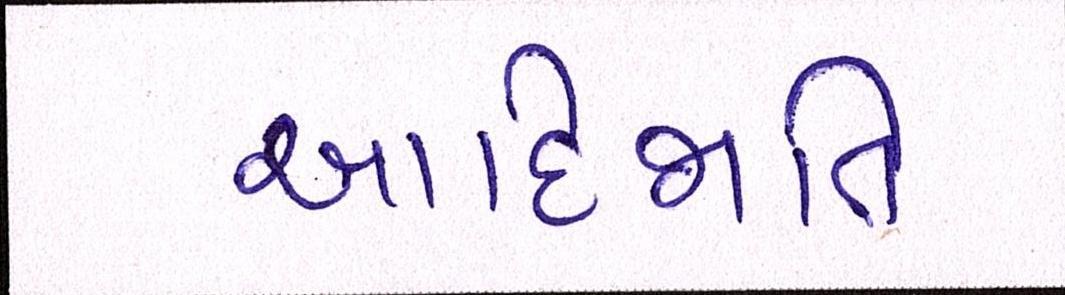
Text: આદિજાતિ